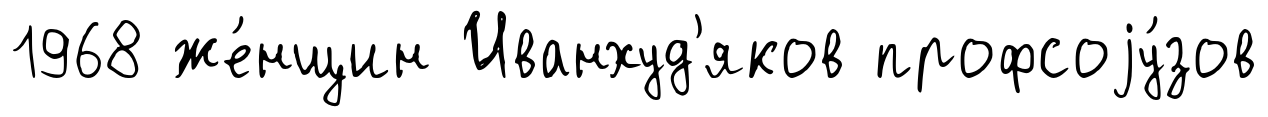
1968 же́нщин Иванхуд'яков профсоjу́зов